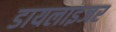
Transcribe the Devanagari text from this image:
डायलाइजर